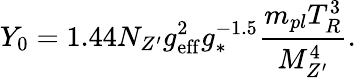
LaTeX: Y_{0}=1.44N_{Z^{\prime}}g_{\mathrm{eff}}^{2}g_{*}^{-1.5}\frac{m_{pl}T_{R}^{3}}{M_{Z^{\prime}}^{4}}.